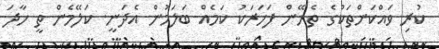
ކުރި ވައްކަންތަކުގެ ތެރޭން ފަހަރަކު ކަމެއް ބަލަމުން އެދަނީ. ކަލޭމެން ތީ ހާދަ